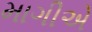
માગીએ